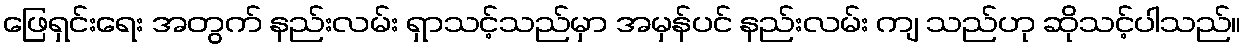
ဖြေရှင်းရေး အတွက် နည်းလမ်း ရှာသင့်သည်မှာ အမှန်ပင် နည်းလမ်း ကျ သည်ဟု ဆိုသင့်ပါသည်။